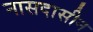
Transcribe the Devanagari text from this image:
नासदासीन